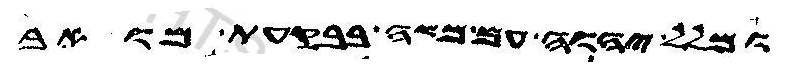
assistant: ומלל יהוה עם משה בבקעת מואב